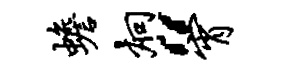
蟾炯“宵